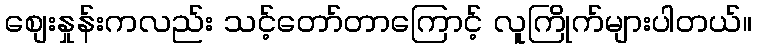
စျေးနှုန်းကလည်း သင့်တော်တာကြောင့် လူကြိုက်များပါတယ်။